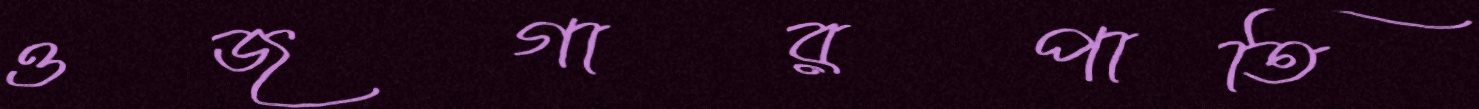
ওজগারপাতি